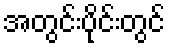
အတွင်းပိုင်းတွင်